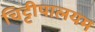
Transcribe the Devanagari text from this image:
चिट्टीपालयम